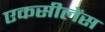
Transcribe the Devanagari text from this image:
एकसीलेंस